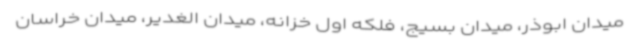
میدان ابوذر، میدان بسیج، فلکه اول خزانه، میدان الغدیر، میدان خراسان